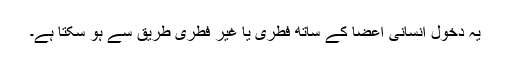
یہ دخول انسانی اعضا کے ساتھ فطری یا غیر فطری طریق سے ہو سکتا ہے۔